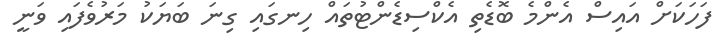
ފަހަކަށް އައިސް އެންމެ ބޮޑެތި އެކްސިޑެންޓުތައް ހިނގައި ގިނަ ބަޔަކު މަރުވެފައި ވަނީ